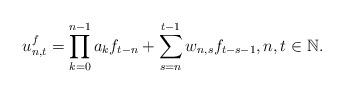
LaTeX: \begin{align*} u^f_{n,t}=\prod_{k=0}^{n-1}a_kf_{t-n}+\sum_{s=n}^{t-1}w_{n,s}f_{t-s-1},n,t\in\mathbb{N}.\end{align*}